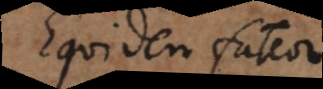
Equidem fateor